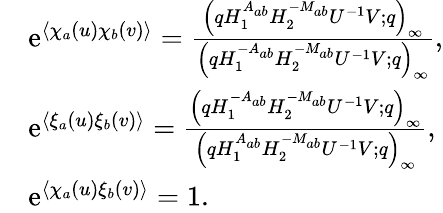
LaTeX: \begin{array}{rl}&{\mathrm{e}^{\langle\chi_{a}(u)\chi_{b}(v)\rangle}=\frac{\left(qH_{1}^{A_{ab}}H_{2}^{-M_{ab}}U^{-1}V;q\right)_{\infty}}{\left(qH_{1}^{-A_{ab}}H_{2}^{-M_{ab}}U^{-1}V;q\right)_{\infty}},}\\ &{\mathrm{e}^{\langle\xi_{a}(u)\xi_{b}(v)\rangle}=\frac{\left(qH_{1}^{-A_{ab}}H_{2}^{-M_{ab}}U^{-1}V;q\right)_{\infty}}{\left(qH_{1}^{A_{ab}}H_{2}^{-M_{ab}}U^{-1}V;q\right)_{\infty}},}\\ &{\mathrm{e}^{\langle\chi_{a}(u)\xi_{b}(v)\rangle}=1.}\end{array}